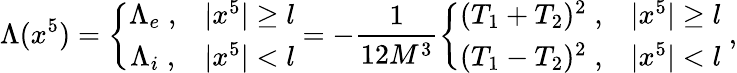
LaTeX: \Lambda(x^{5})=\left\{ \begin{array}{cc}{{\Lambda_{e}\; ,}}&{{|x^{5}|\ge l}}\\ {{\Lambda_{i}\; ,}}&{{|x^{5}|<l}}\end{array}\right.=-\frac{1}{12M^{3}}\left\{ \begin{array}{cc}{{(T_{1}+T_{2})^{2}\; ,}}&{{|x^{5}|\ge l}}\\ {{(T_{1}-T_{2})^{2}\; ,}}&{{|x^{5}|<l}}\end{array}\right.\; ,